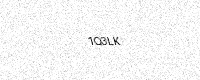
Text: 1Q3LK